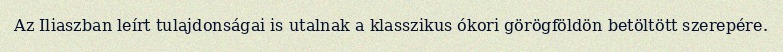
Az Iliaszban leírt tulajdonságai is utalnak a klasszikus ókori görögföldön betöltött szerepére.